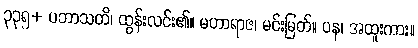
၃၃၅+ ပဘာသတိ၊ ထွန်းလင်း၏။ မဟာရာဇ၊ မင်းမြတ်။ ပန၊ အထူးကား။